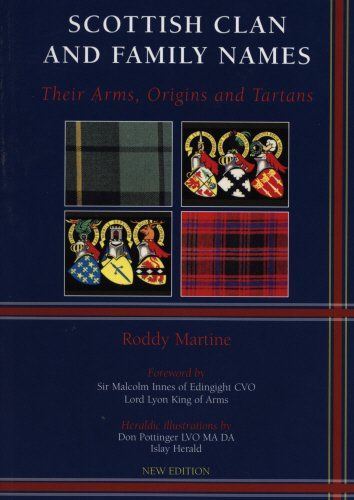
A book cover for Scottish Clan and Family Names: Their Arms, Origins and Tartans; Roddy Martine; Reference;